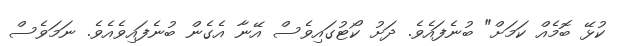
ކުޅޭ ބޮމެއް ކަމަށް" ބުނެފައެވެ. ދަށު ކޯޓުގައިވެސް އޭނާ އެގެން ބުނެފައިވެއެވެ. ނަމަވެސް